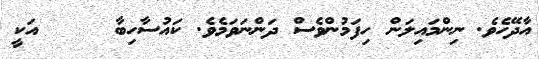
އާދޭހެވެ. ނިންމައިލަން ހިފަމުންވެސް ދަންނަވަމެވެ. ކައުސާހިބާ     އަކީ